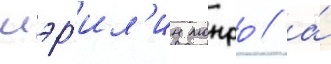
мэр'ил'ин монро / а́